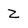
Character: Z